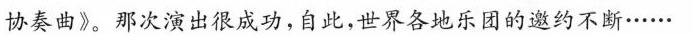
协奏曲》。那次演出很成功，自此，世界各地乐团的邀约不断……